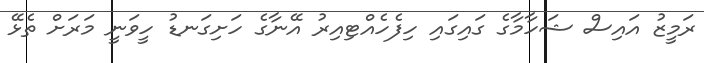
ރަމީޒު އައިސް ޝަހާމާގެ ގައިގައި ހިފެހެއްޓިއިރު އޭނާގެ ހަށިގަނޑު ހީވަނީ މަރަށް ތެޅޭ